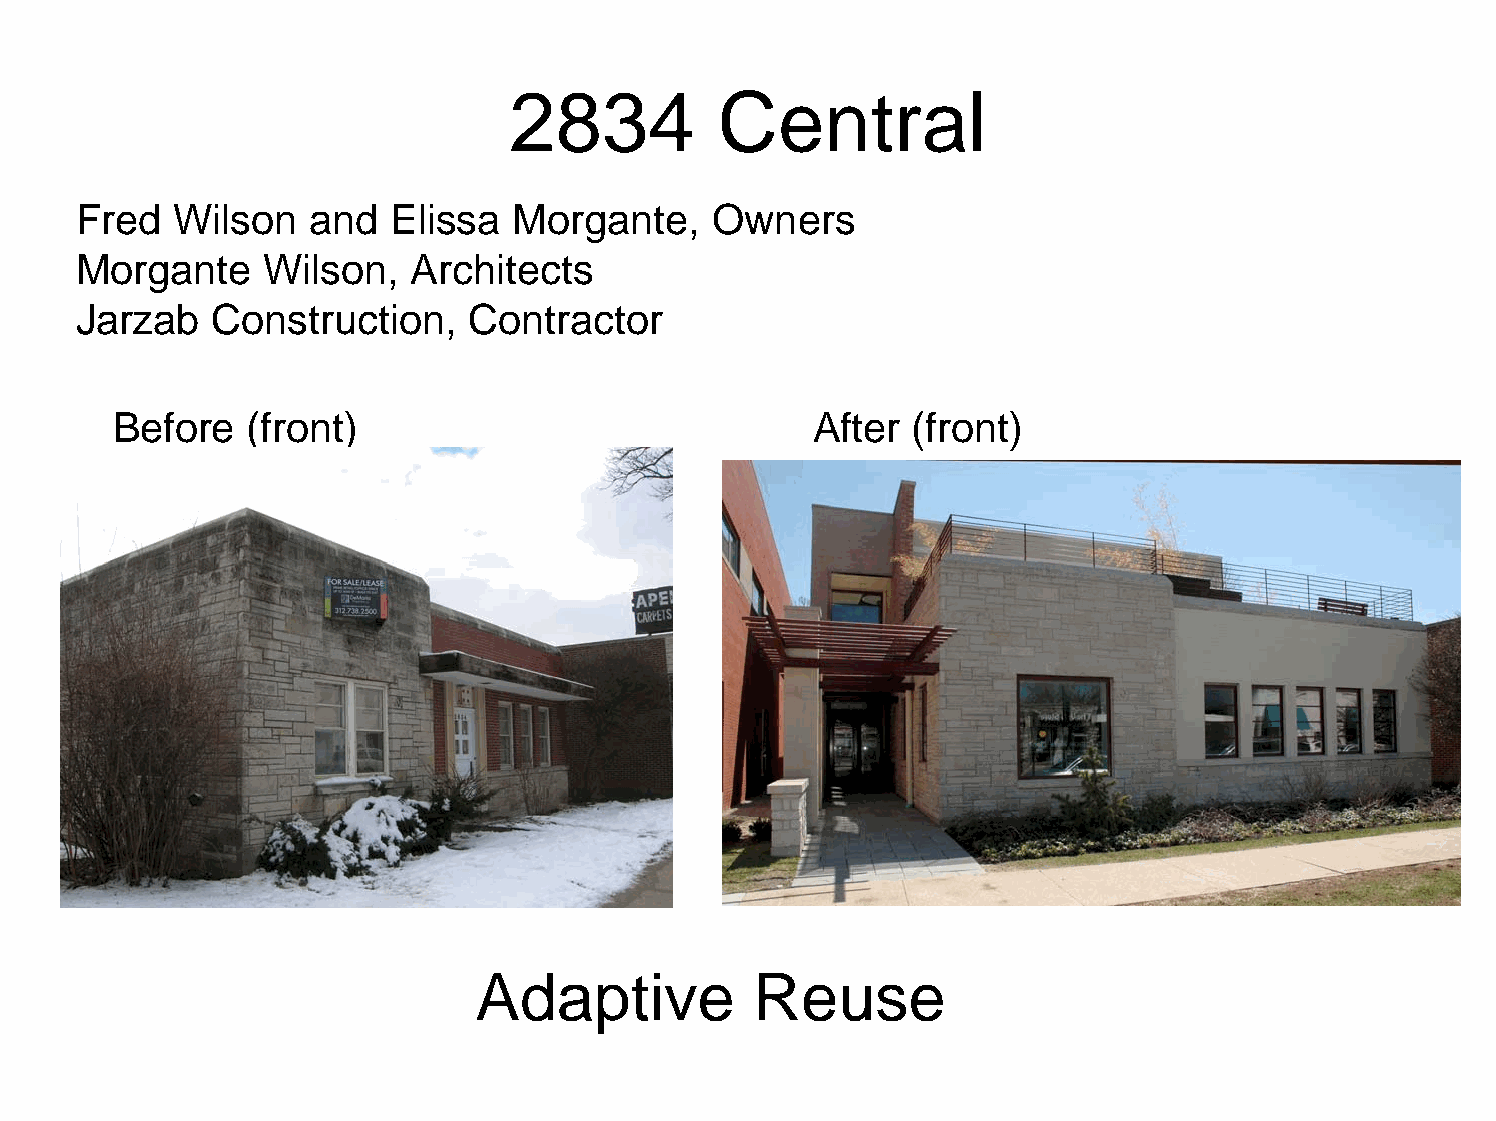
2834          Central
 Fred   Wilson   and  Elissa  Morgante,    Owners
 Morgante     Wilson,  Architects
 Jarzab   Construction,    Contractor
 Before  (front)                               After (front)
 Adaptive          Reuse